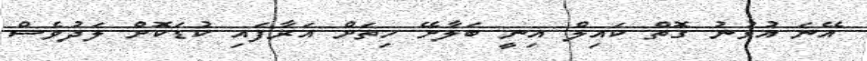
އޭނަ އުޅުނު ގޮތް ކައިލް އިނީ ބަލާށޭ ހިތަށް އަރާފައި ކުޑަކޮށް ލަދުވެސް